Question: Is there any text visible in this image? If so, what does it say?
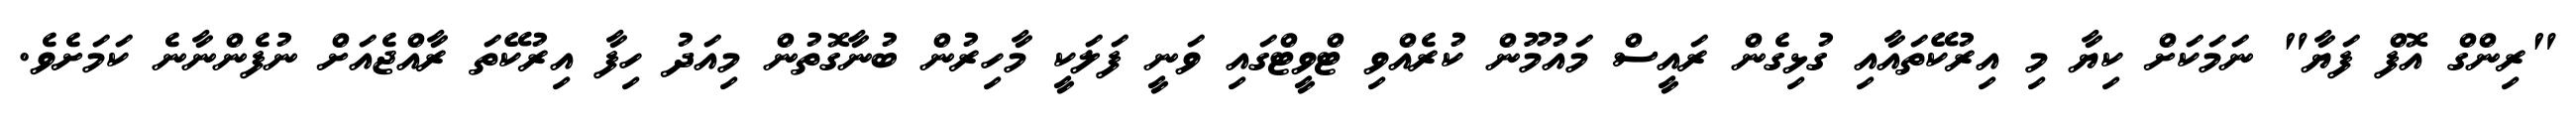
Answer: "ރިންގް އޮފް ފަޔާ" ނަމަކަށް ކިޔާ މި އިރުކޭތައާއި ގުޅިގެން ރައީސް މައުމޫން ކުރެއްވި ޓްވީޓްގައި ވަނީ ފަލަކީ މާހިރުން ބުނާގޮތުން މިއަދު ހިފާ އިރުކޭތަ ރާއްޖެއަށް ނުފެންނާނެ ކަމަށެވެ.